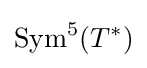
{\text{Sym}}^{5}(T^{*})